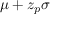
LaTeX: \mu + z _ { p } \sigma